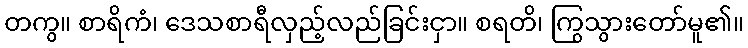
တကွ။ စာရိကံ၊ ဒေသစာရီလှည့်လည်ခြင်းငှာ။ စရတိ၊ ကြွသွားတော်မူ၏။